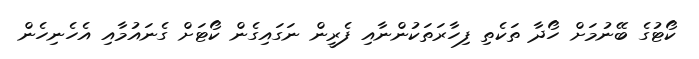
ކޯޓުގެ ބޭނުމަށް ހޯދާ ތަކެތި ފިހާރަތަކުންނާއި ފެރީން ނަގައިގެން ކޯޓަށް ގެނައުމާއި އެހެނިހެން